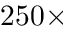
2 5 0 \times